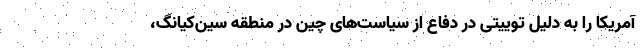
آمریکا را به دلیل توییتی در دفاع از سیاست‌های چین در منطقه سین‌کیانگ،